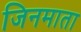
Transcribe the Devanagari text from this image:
जिनमाता